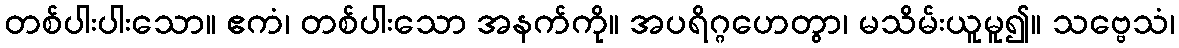
တစ်ပါးပါးသော။ ဧကံ၊ တစ်ပါးသော အနက်ကို။ အပရိဂ္ဂဟေတွာ၊ မသိမ်းယူမူ၍။ သဗ္ဗေသံ၊